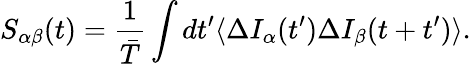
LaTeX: {S_{\alpha\beta}(t)=\frac{1}{\bar{T}}\int dt^{\prime}\langle\Delta I_{\alpha}(t^{\prime})\Delta I_{\beta}(t+t^{\prime})\rangle}.